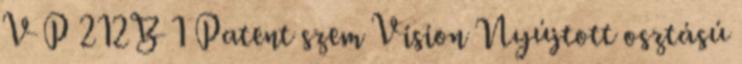
V P 212B 1 Patent szem Vision Nyújtott osztású